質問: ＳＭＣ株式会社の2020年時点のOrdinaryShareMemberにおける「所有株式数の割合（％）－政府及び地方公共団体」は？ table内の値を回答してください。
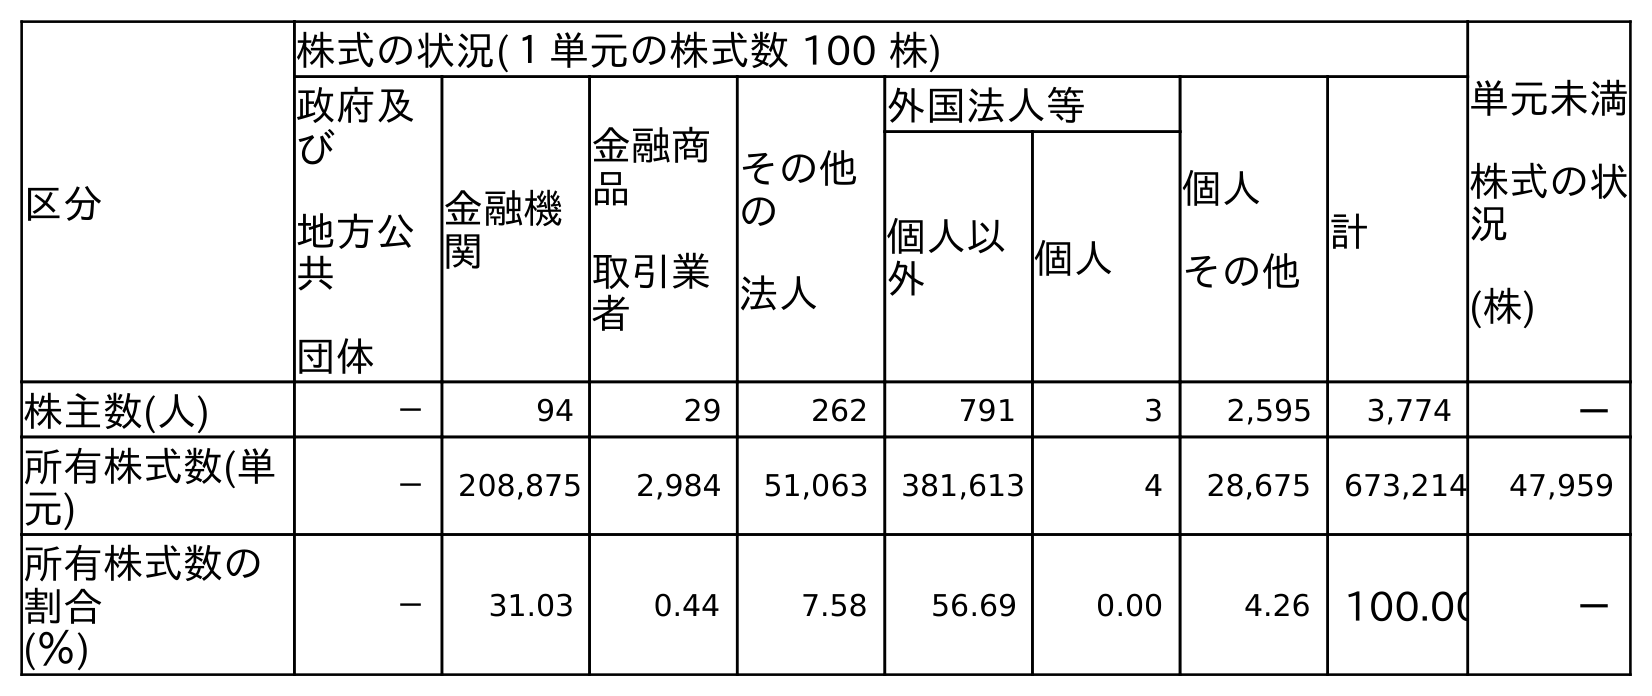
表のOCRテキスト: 区分 株式の状況(１単元の株式数 100 株) 単元未満 株式の状 況 (株) 政府及 び 地方公 共 団体 金融機 関 金融商 品 取引業 者 その他 の 法人 外国法人等 個人 その他 計 個人以 外 個人 株主数(人) － 94 29 262 791 3 2,595 3,774 － 所有株式数(単 元) － 208,875 2,984 51,063 381,613 4 28,675 673,214 47,959 所有株式数の 割合 (％) － 31.03 0.44 7.58 56.69 0.00 4.26 100.00 －
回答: －